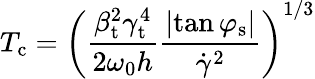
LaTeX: T_{\mathrm{c}}=\left(\frac{\beta_{\mathrm{t}}^{2}\gamma_{\mathrm{t}}^{4}}{2\omega_{0}h}\frac{\left|\tan{\varphi_{\mathrm{s}}}\right|}{\dot{\gamma}^{2}}\right)^{1/3}